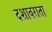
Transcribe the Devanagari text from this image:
दशावराता